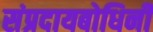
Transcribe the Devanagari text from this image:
संप्रदायबोधिनी